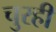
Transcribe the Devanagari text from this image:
चुरही